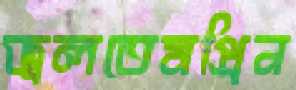
জ্বলতেমপ্রিন